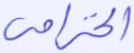
الخزامى